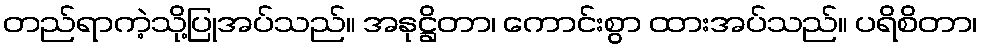
တည်ရာကဲ့သို့ပြုအပ်သည်။ အနုဋ္ဌိတာ၊ ကောင်းစွာ ထားအပ်သည်။ ပရိစိတာ၊